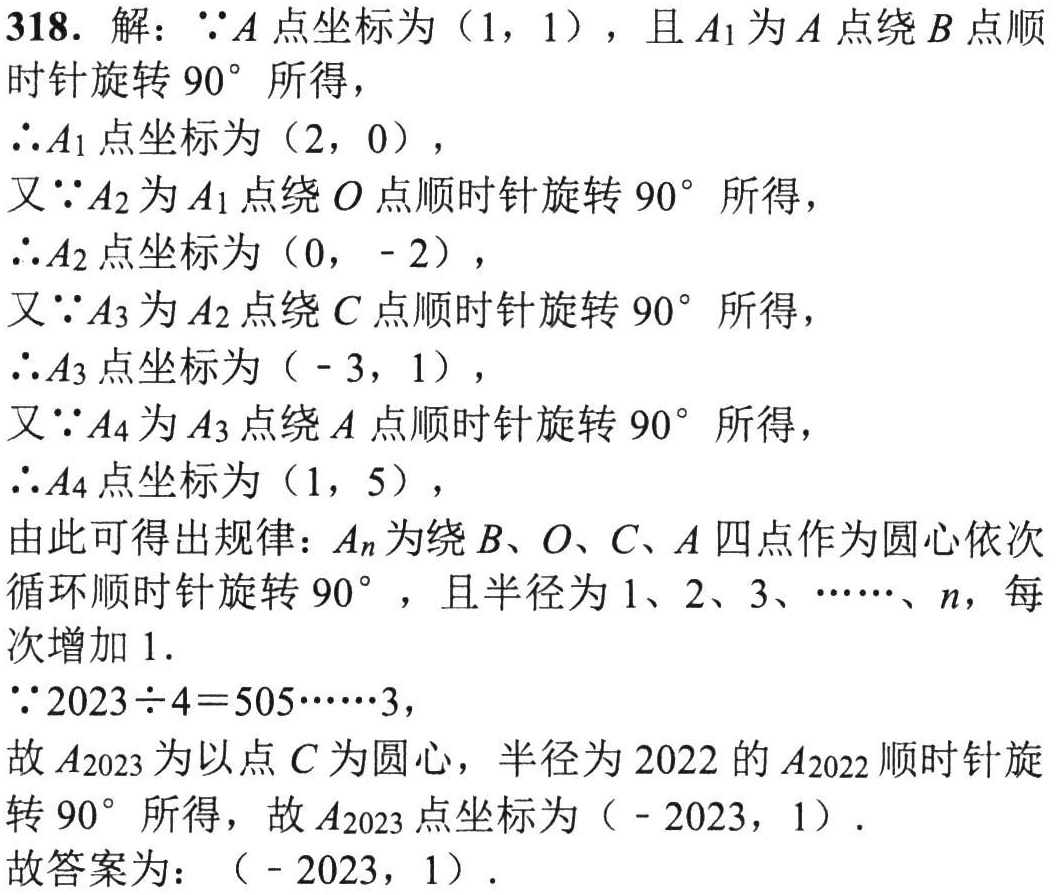
318. 解：$\because A$点坐标为（1，1），且$A_1$为$A$点绕$B$点顺时针旋转$90^{\circ}$所得，

$\therefore A_1$点坐标为（2，0），

又$\because A_2$为$A_1$点绕$O$点顺时针旋转$90^{\circ}$所得，

$\therefore A_2$点坐标为（0， - 2），

又$\because A_3$为$A_2$点绕$C$点顺时针旋转$90^{\circ}$所得，

$\therefore A_3$点坐标为（ - 3，1），

又$\because A_4$为$A_3$点绕$A$点顺时针旋转$90^{\circ}$所得，

$\therefore A_4$点坐标为（1，5），

由此可得出规律：$A_n$为绕$B、O、C、A$四点作为圆心依次循环顺时针旋转$90^{\circ}$，且半径为1、2、3、……、$n$，每次增加1.

$\because 2023\div4 = 505\cdots\cdots3$，

故$A_{2023}$为以点$C$为圆心，半径为2022的$A_{2022}$顺时针旋转$90^{\circ}$所得，故$A_{2023}$点坐标为（ - 2023，1）.

故答案为：（ - 2023，1）.